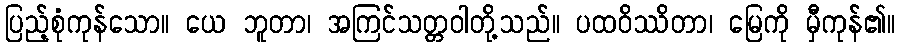
ပြည့်စုံကုန်သော။ ယေ ဘူတာ၊ အကြင်သတ္တဝါတို့သည်။ ပထဝိဿိတာ၊ မြေကို မှီကုန်၏။